Rangoon Lunatic Asylum 1893-1897 - 1893-1897
Year: 1893
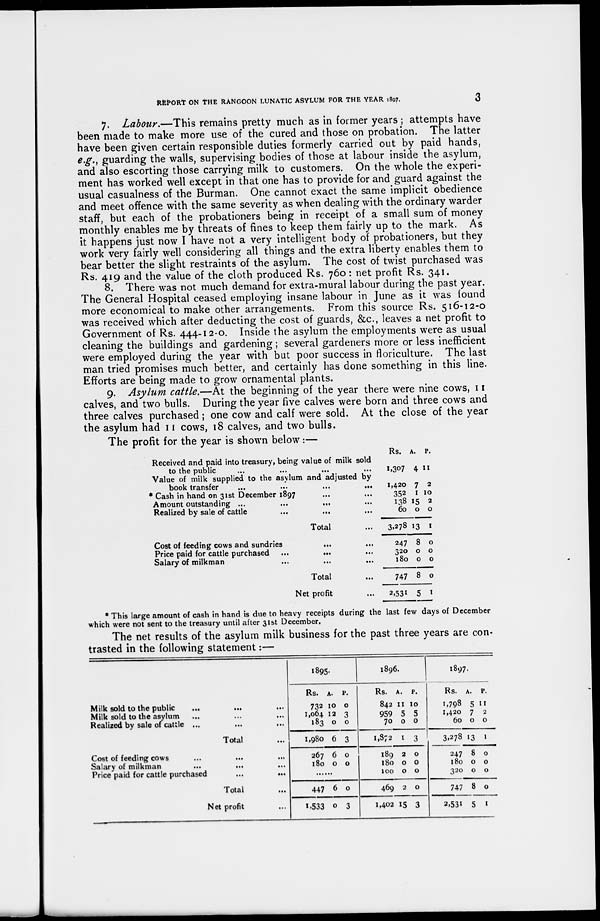
REPORT ON THE RANGOON LUNATIC ASYLUM FOR THE YEAR 1897.
3
7. Labour.—This remains pretty much as in former years ; attempts have
been made to make more use of the cured and those on probation. The latter
have been given certain responsible duties formerly carried out by paid hands,
e.g., guarding the walls, supervising bodies of those at labour inside the asylum,
and also escorting those carrying milk to customers. On the whole the experi-
ment has worked well except in that one has to provide for and guard against the
usual casualness of the Burman. One cannot exact the same implicit obedience
and meet offence with the same severity as when dealing with the ordinary warder
staff, but each of the probationers being in receipt of a small sum of money
monthly enables me by threats of fines to keep them fairly up to the mark. As
it happens just now I have not a very intelligent body of probationers, but they
work very fairly well considering all things and the extra liberty enables them to
bear better the slight restraints of the asylum. The cost of twist purchased was
Rs. 419 and the value of the cloth produced Rs. 760: net profit Rs. 341.
8. There was not much demand for extra-mural labour during the past year.
The General Hospital ceased employing insane labour in June as it was found
more economical to make other arrangements. From this source Rs. 516-12-0
was received which after deducting the cost of guards, &c., leaves a net profit to
Government of Rs. 444-12-0. Inside the asylum the employments were as usual
cleaning the buildings and gardening ; several gardeners more or less inefficient
were employed during the year with but poor success in floriculture. The last
man tried promises much better, and certainly has done something in this line.
Efforts are being made to grow ornamental plants.
9. Asylum cattle.—At the beginning of the year there were nine cows, 11
calves, and two bulls. During the year five calves were born and three cows and
three calves purchased ; one cow and calf were sold. At the close of the year
the asylum had 11 cows, 18 calves, and two bulls.
The profit for the year is shown below:—
Received and paid into treasury, being value of milk sold
to the public ... ... ... ...
Value of milk supplied to the asylum and adjusted by
book transfer
...
...
...
...
* Cash in hand on 31st December 1897 ... ...
Amount outstanding ...
...
... ...
Realized by sale of cattle ... ... ...
Total ...
Cost of feeding cows and sundries
... ...
Price paid for cattle purchased ...
... ...
Salary of milkman ... ... ...
Total ...
Net profit ...
Rs.
1,307
1,420
352
138
60
3,278
247
320
180
747
2,531
A.
4
7
1
15
0
13
8
0
0
8
5
P.
11
2
10
2
0
1
0
0
0
0
1
* This large amount of cash in hand is due to heavy receipts during the last few days of December
which were not sent to the treasury until after 31st December.
The net results of the asylum milk business for the past three years are con-
trasted in the following statement:—
Milk sold to the public
... ... ...
Milk sold to the asylum ... ... ...
Realized by sale of cattle ... ... ...
Total ...
Cost of feeding cows
...
...
...
Salary of milkman ... ... ...
Price paid for cattle purchased
...
...
Total ...
Net profit ...
1895.
Rs.
732
1,064
183
1,980
267
180
A.
10
12
0
6
6
0
P.
0
3
0
3
0
0
......
447
1,533
6
0
0
3
1896.
Rs.
842
959
70
1,872
189
180
100
469
1,402
A.
11
5
0
1
2
0
0
2
15
P.
10
5
0
3
0
0
0
0
3
1897.
Rs.
1,798
1,420
60
3,278
247
180
320
747
2,531
A.
5
7
0
13
8
0
0
8
5
P.
11
2
0
1
0
0
0
0
1